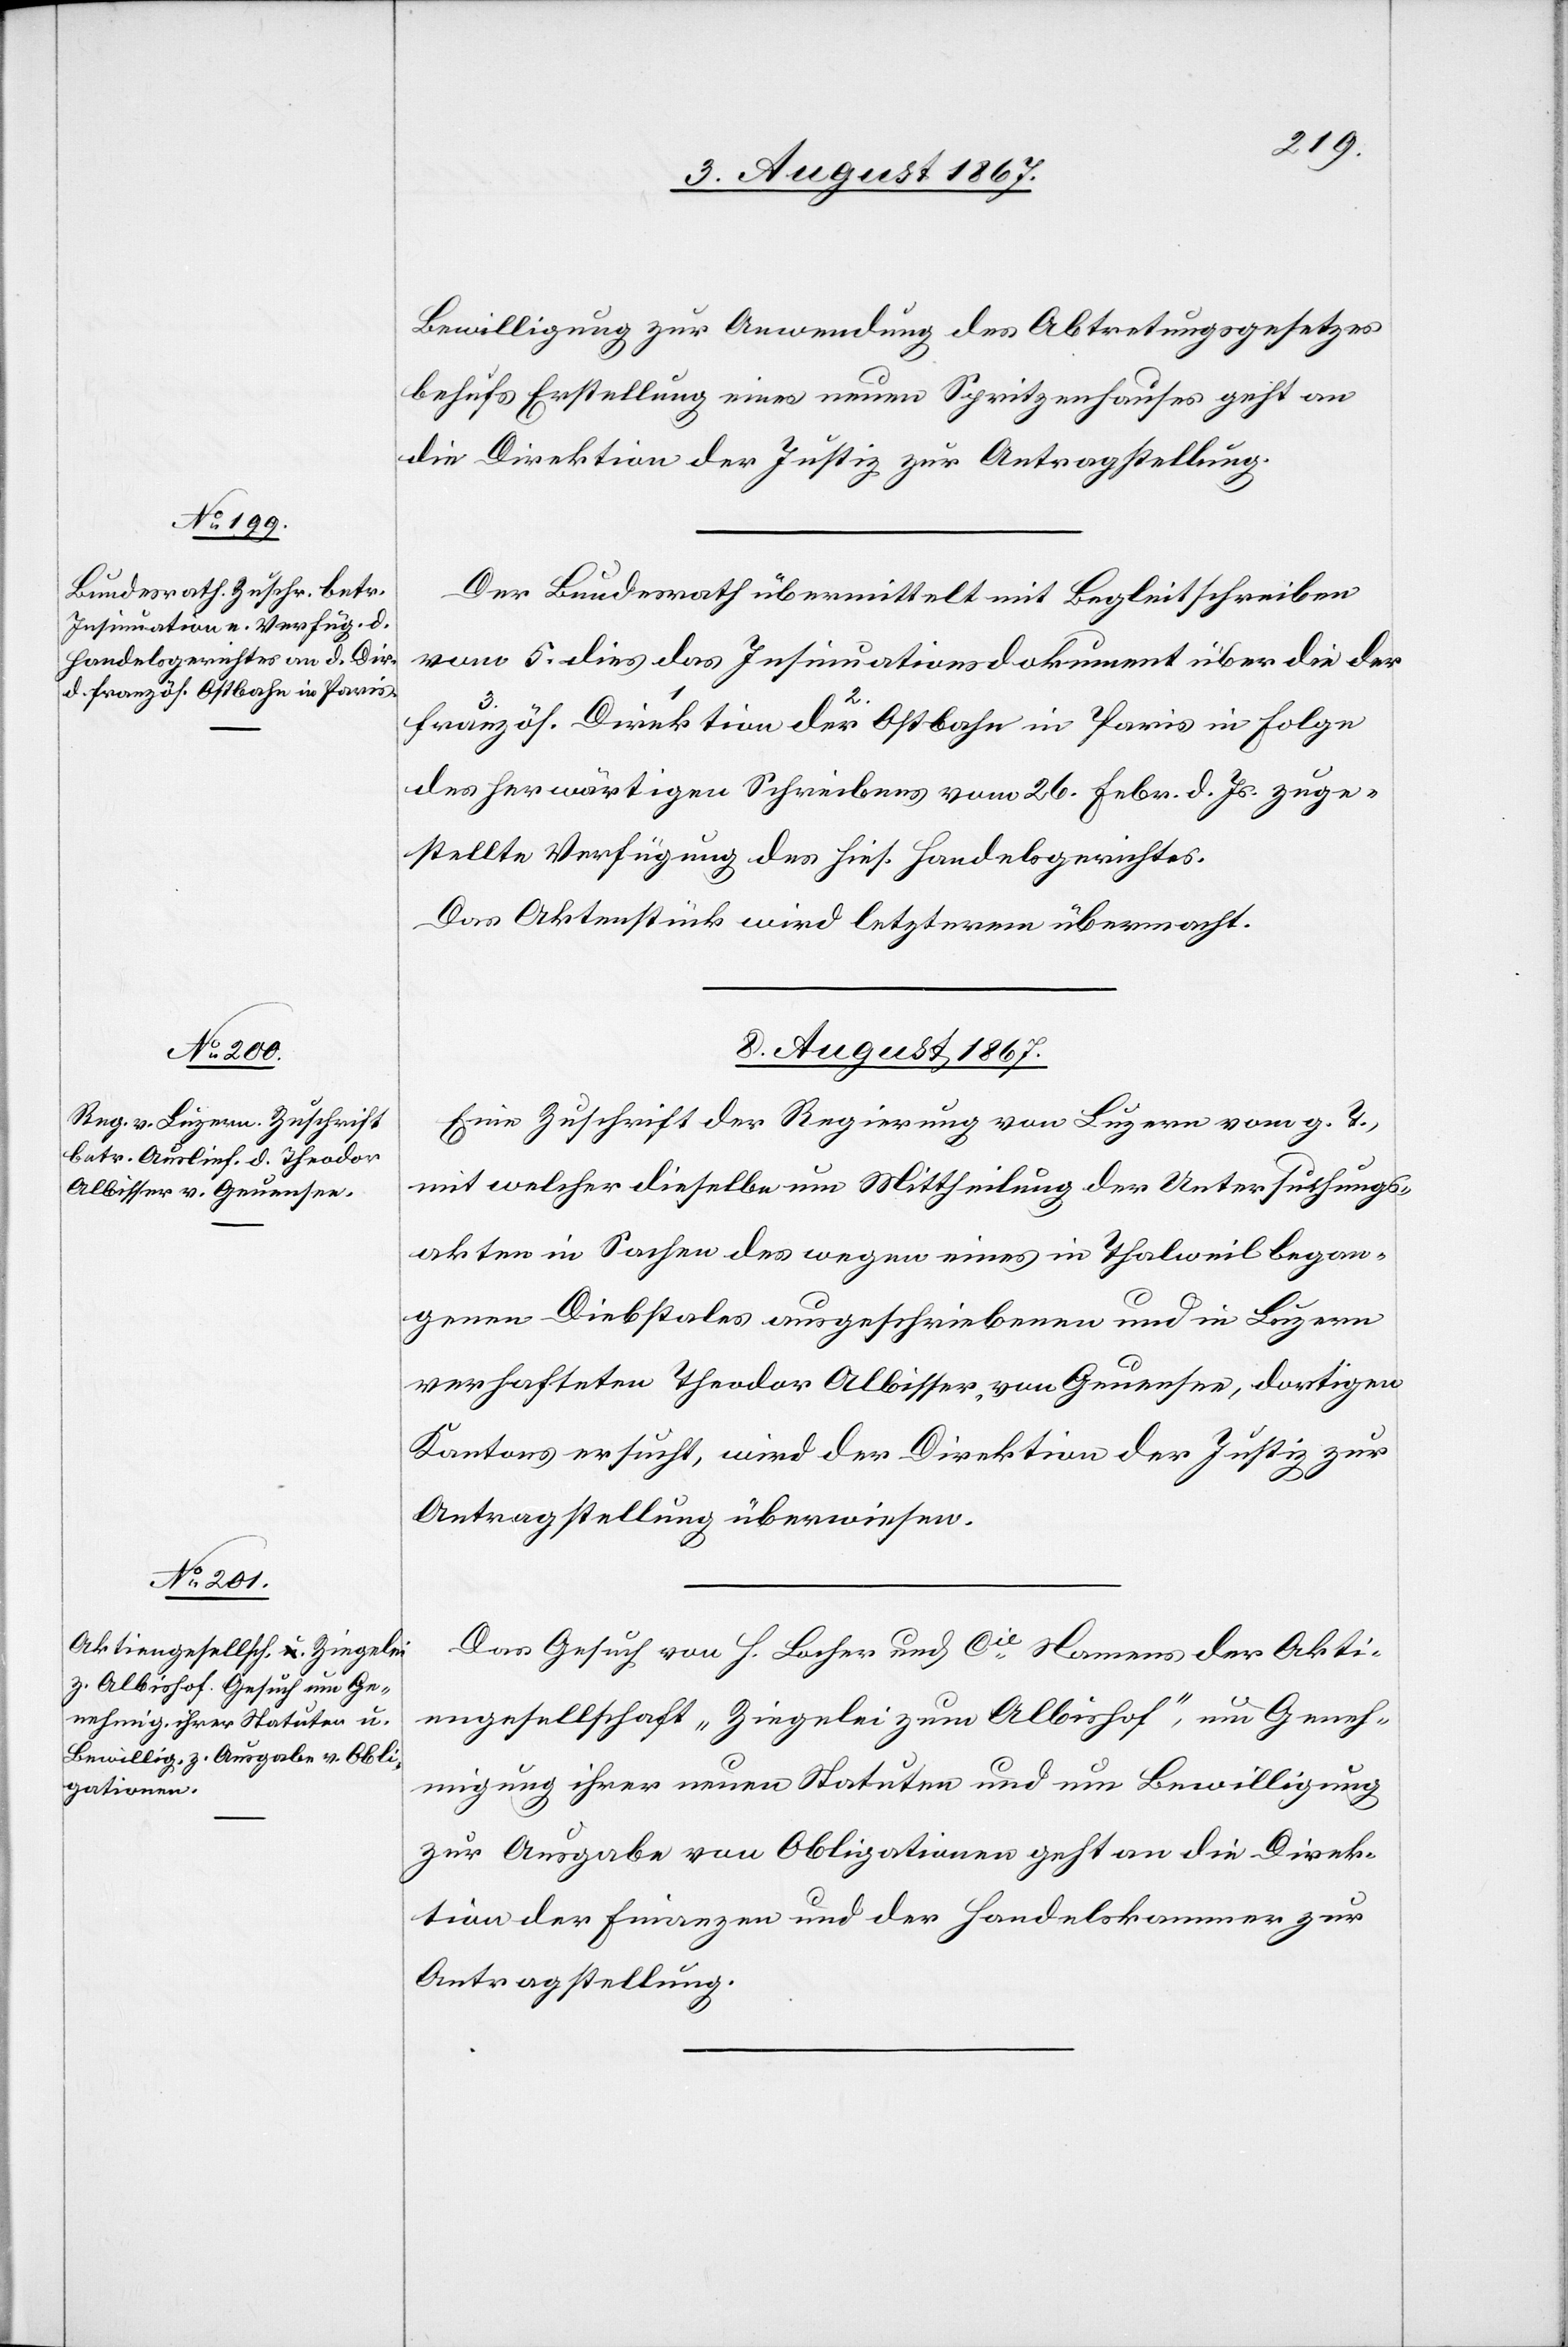
der französ. Ostbahn in Paris

Bewilligung zur Anwendung des Abtretungsgesetzes
behufs Erstellung eines neuen Spritzenhauses geht an
die Direktion der Justiz zur Antragstellung.
Der Bundesrath übermittelt mit Begleitschreiben
vom 5. dies das Insinuationsdokument über die der
des herwärtigen Schreibens vom 26. Febr. d. Js. zuge¬
stellte Verfügungen des hies. Handelsgerichtes.
Das Aktenstück wird letzterm übermacht.
8. August 1867.]
Eine Zuschrift der Regierung von Luzern vom g. T.
mit welcher dieselbe um Mittheilung der Untersuchungs¬
akten in Sachen des wegen eines in Thalweil began¬
genen Diebstales ausgeschriebenen und in Luzern
verhafteten Theodor Albisser, von Geuensee, dortigen
Kantons ersucht, wird der Direktion der Justiz zur
Antragstellung überwiesen.
Das Gesuch von H. Locher und Cie. Namens der Akti¬
engesellschaft „Ziegelei zum Albishof“, um Geneh¬
migung ihrer neuen Statuten und um Bewilligung
zur Ausgabe von Obligationen geht an die Direk¬
tion der Finanzen und der [sic!] Handelskammer zur
Antragstellung.